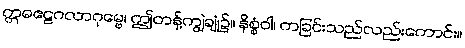
ဣဓဧဠဂလာဂုမ္ဗေ၊ ဤတန့်ကျွဲချုံ၌။ နိစ္စံဝါ၊ ကခြင်းသည်လည်းကောင်း။